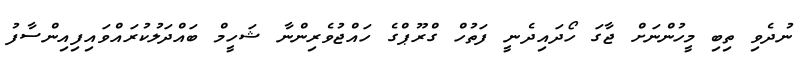
ނުދެވި ތިބި މީހުންނަށް ޖާގަ ހޯދައިދެނީ ފަތުހް ގްރޫޕްގެ ހައްޖުވެރިންނާ ޝަހީމް ބައްދަލުކުރައްވައިފިއިންސާފު